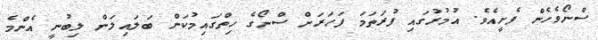
ސްނޯވެހެން ފެށީއެވެ. އުމުރުގައި ފުރަތަމަ ފަހަރަށް ސްނޯގެ ހިތްގައިމުކަން ބަލައިލަން ލިބުނީ އެންމެ